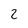
Character: 2